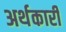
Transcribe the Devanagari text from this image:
अर्थकारी